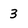
Character: 3